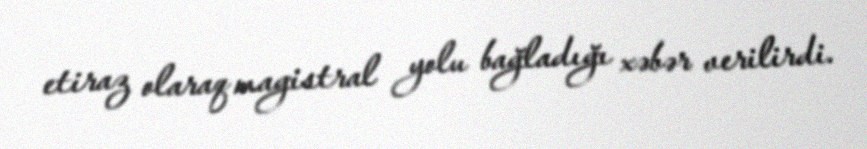
etiraz olaraq magistral yolu bağladığı xəbər verilirdi.